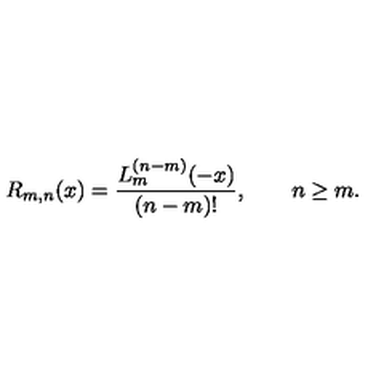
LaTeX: R _ { m , n } ( x ) = \frac { L _ { m } ^ { ( n - m ) } ( - x ) } { ( n - m ) ! } , \qquad n \ge m .